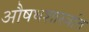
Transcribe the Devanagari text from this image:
औषधशास्त्रांत